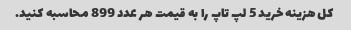
کل هزینه خرید 5 لپ تاپ را به قیمت هر عدد 899 محاسبه کنید.